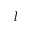
l